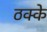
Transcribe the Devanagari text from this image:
ठक्के